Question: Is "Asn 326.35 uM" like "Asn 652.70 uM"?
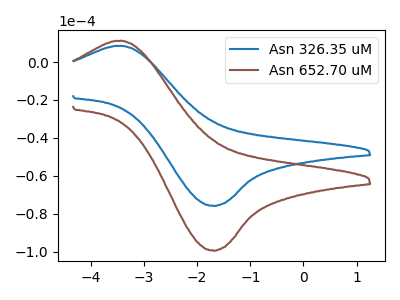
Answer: <think>The blue curve "Asn 326.35 uM" has an anodic peak at (-3.40V, 8.45uA) and a cathodic peak at (-1.70V, -75.90uA). The brown curve "Asn 652.70 uM" has an anodic peak at (-3.40V, 11.05uA) and a cathodic peak at (-1.70V, -99.50uA).
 All the peaks in "Asn 326.35 uM" have a peak in "Asn 652.70 uM" at the same potential. Every peak in "Asn 326.35 uM" is lower than every peak in "Asn 652.70 uM".</think>
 <answer>"Asn 326.35 uM" and "Asn 652.70 uM" are similar in shape.</answer>
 <eval>same_shape</eval>